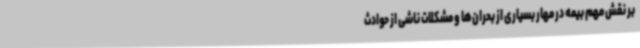
بر نقش مهم بیمه در مهار بسیاری از بحران‌ها و مشکلات ناشی از حوادث